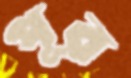
পূব